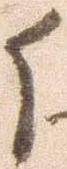
候